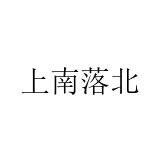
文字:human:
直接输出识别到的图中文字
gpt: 上南落北